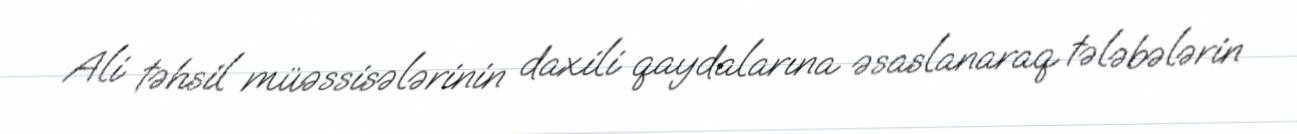
Ali təhsil müəssisələrinin daxili qaydalarına əsaslanaraq tələbələrin